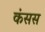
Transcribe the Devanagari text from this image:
कंसस